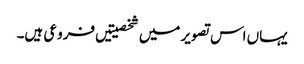
یہاں اس تصویر میں شخصیتیں فروعی ہیں۔